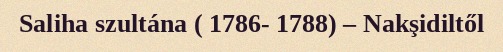
Saliha szultána ( 1786- 1788) – Nakşidiltől